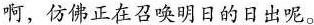
啊，仿佛正在召唤明日的日出呢。